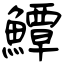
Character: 鱏